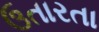
ઉતારતા